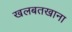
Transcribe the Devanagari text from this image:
खलबतखाना